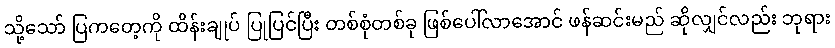
သို့သော် ပြကတေ့ကို ထိန်းချုပ် ပြုပြင်ပြီး တစ်စုံတစ်ခု ဖြစ်ပေါ်လာအောင် ဖန်ဆင်းမည် ဆိုလျှင်လည်း ဘုရား